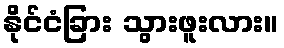
နိုင်ငံခြား သွားဖူးလား။